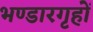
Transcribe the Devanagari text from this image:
भण्डारगृहों